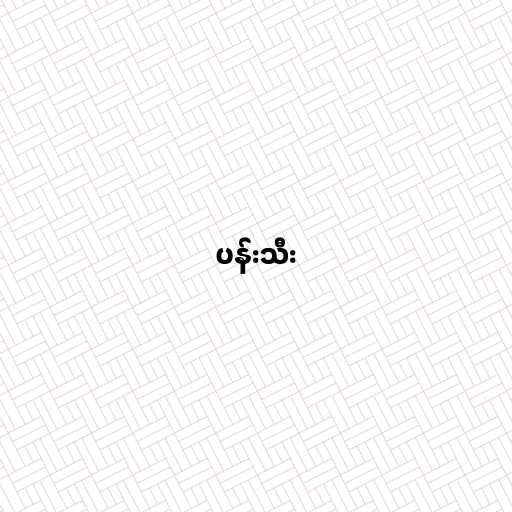
ပန်းသီး